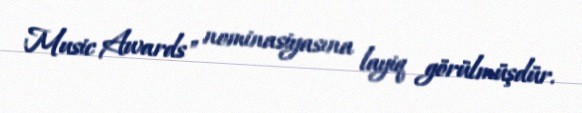
Music Awards" nominasiyasına layiq görülmüşdür.